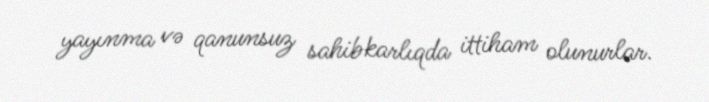
yayınma və qanunsuz sahibkarlıqda ittiham olunurlar.